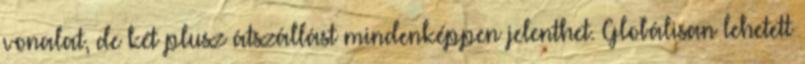
vonalat, de két plusz átszállást mindenképpen jelenthet. Globálisan lehetett